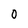
Character: O